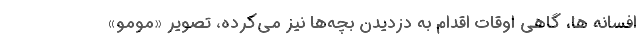
افسانه ها، گاهی اوقات اقدام به دزدیدن بچه‌ها نیز می‌کرده، تصویر «مومو»